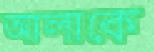
আলাকে